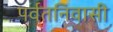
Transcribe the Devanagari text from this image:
पर्वतनिवासी